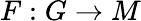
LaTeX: F:G\to M